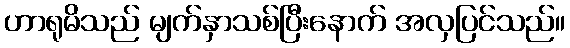
ဟာရုမိသည် မျက်နှာသစ်ပြီးနောက် အလှပြင်သည်။